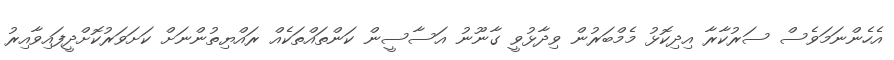
އެހެންނަމަވެސް ސަރުކާރާ އިދިކޮޅު މެމްބަރުން ވިދާޅުވީ ގާނޫނު އަސާސީން ކަންތައްތަކެއް ރައްޔިތުންނަށް ކަށަވަރުކޮށްދީފައިވާއިރު